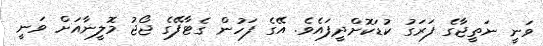
ވަނީ ނަތީޖާގެ ފަރަގު ކުޑަކޮށްދީފައެވެ. އޭގެ ފަހުން ގެޓާފޭގެ ޖޯޖު މޮލީނާއަށް ވަނީ